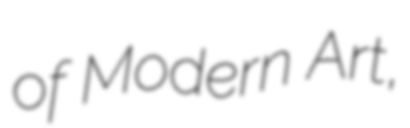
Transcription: of Modern Art,